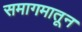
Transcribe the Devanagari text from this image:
समागमातून